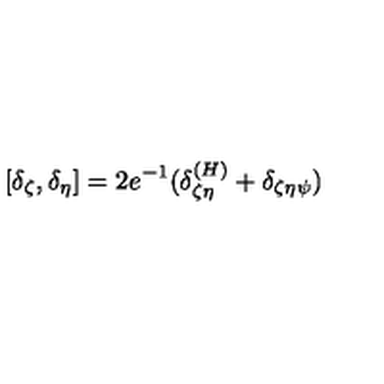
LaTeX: [ \delta _ { \zeta } , \delta _ { \eta } ] = 2 e ^ { - 1 } ( \delta _ { \zeta \eta } ^ { ( H ) } + \delta _ { \zeta \eta \psi } )